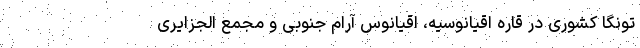
تونگا کشوری در قاره اقیانوسیه، اقیانوس آرام جنوبی و مجمع الجزایری